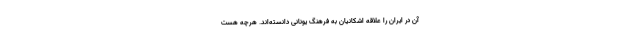
آن در ایران را علاقه اشکانیان به فرهنگ یونانی دانسته‌اند. هرچه هست